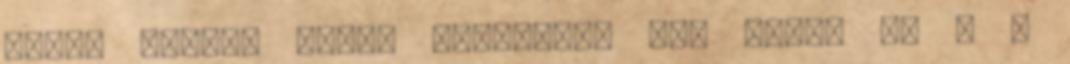
hozzá pofám. Sokan meghúzták ezt Sanyi is ; -